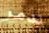
ندمر